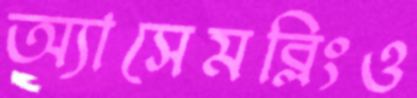
অ্যাসেমব্লিংও